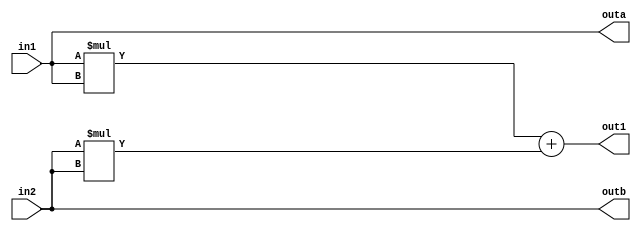
`timescale 1ns / 1ps

module hesaplama_1(
    input [31:0] in1,
    input [31:0] in2,
    output reg [31:0] out1 ,
    output reg [31:0] outa,
    output reg [31:0] outb
    
    );
    always@(*) begin
        out1= ( in1 * in1 ) + ( in2 * in2);
        outa = in1;
        outb = in2;
    end
endmodule